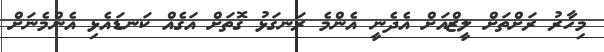
މިހާރު ރަށްތަށް ލީޒްއަށް އެދެނީ އެންމެ ރަނގަޅު ގޮތަށް އަގެއް ކަނޑައެޅި އެންމެނަށް